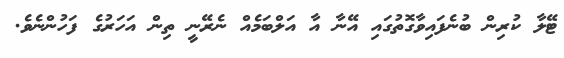
ޓޭލާ ކުރިން ބުނެފައިވާގޮތުގައި އޭނާ އާ އަލްބަމެއް ނެރޭނީ ތިން އަހަރުގެ ފަހުންނެވެ.